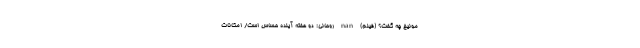
مونیخ چه گفت؟ (فیلم) nan روحانی: دو هفته آینده حساس است/ امکانات